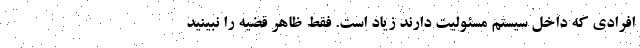
افرادی که داخل سیستم مسئولیت دارند زیاد است. فقط ظاهر قضیه را نبینید